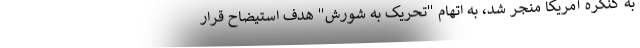
به کنگره آمریکا منجر شد، به اتهام "تحریک به شورش" هدف استیضاح قرار